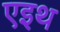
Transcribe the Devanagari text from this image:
एइथ